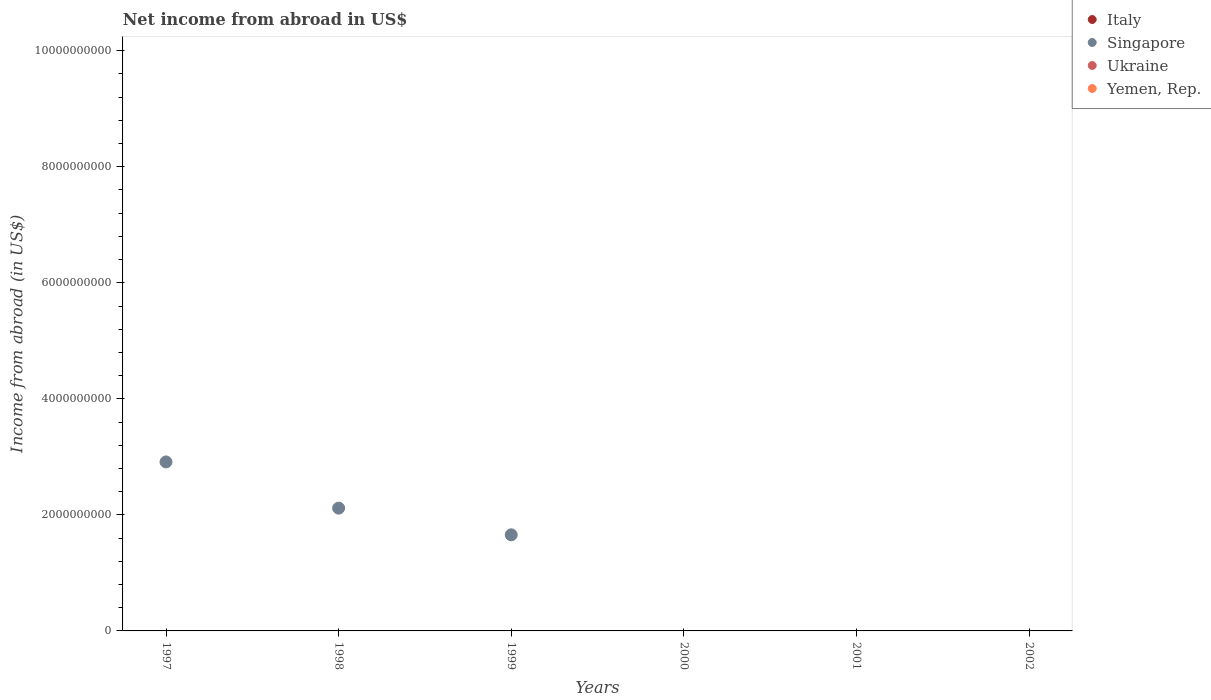
| Years | Italy | Singapore | Ukraine | Yemen, Rep. |
 | --- | --- | --- | --- | --- |
 | 1997 | -5e+09 | 2.91e+09 | -1.2e+09 | -7.93e+10 |
 | 1998 | -6.26e+09 | 2.12e+09 | -2.07e+09 | -4.86e+10 |
 | 1999 | -2.29e+09 | 1.66e+09 | -3.59e+09 | -1.08e+11 |
 | 2000 | -4.94e+09 | -1.01e+09 | -5.12e+09 | -1.25e+11 |
 | 2001 | -4.26e+09 | -1.67e+09 | -3.58e+09 | -1.17e+11 |
 | 2002 | -6.26e+09 | -4.61e+09 | -3.23e+09 | -1.44e+11 |